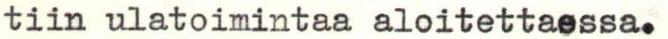
tiin ulatoimintaa aloitettaessa.